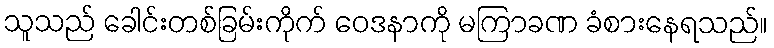
သူသည် ခေါင်းတစ်ခြမ်းကိုက် ဝေဒနာကို မကြာခဏ ခံစားနေရသည်။